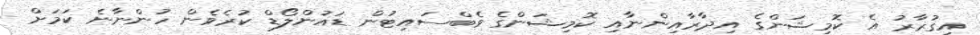
އިގުރާރު އެ ކޮމިޝަންގެ އިދާރާއިންނާއި ކޮމިޝަންގެ ވެބްސައިޓުން ޑައުންލޯޑް ކުރެވެން ހުންނާނެ ކަމަށް